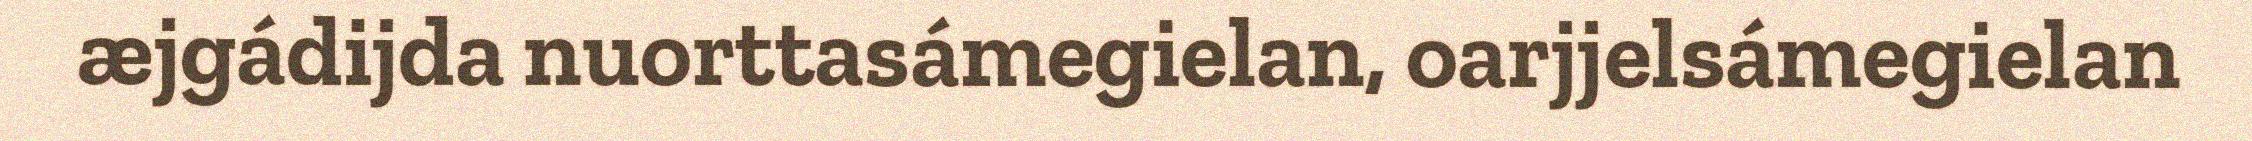
æjgádijda nuorttasámegielan, oarjjelsámegielan